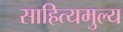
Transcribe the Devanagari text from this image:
साहित्यमुल्य